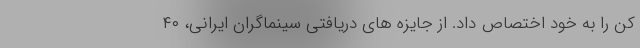
کن را به خود اختصاص داد. از جایزه های دریافتی سینماگران ایرانی، ۴۰